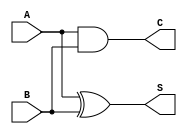
module half_adder (
    input wire A,    // First input bit
    input wire B,    // Second input bit
    output wire S,   // Sum output
    output wire C    // Carry output
);

// Sum output S is the XOR of A and B
assign S = A ^ B;  // S = A  B

// Carry output C is the AND of A and B
assign C = A & B;  // C = A  B

endmodule